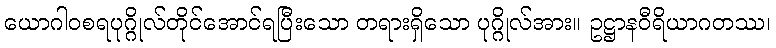
ယောဂါဝစရပုဂ္ဂိုလ်တိုင်အောင်ရပြီးသော တရားရှိသော ပုဂ္ဂိုလ်အား။ ဥဋ္ဌာနဝီရိယာဂတဿ၊